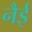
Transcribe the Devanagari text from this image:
नैई